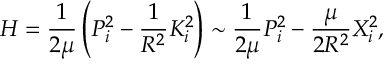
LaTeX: H = \frac { 1 } { 2 \mu } \left( P _ { i } ^ { 2 } - \frac { 1 } { R ^ { 2 } } K _ { i } ^ { 2 } \right) \sim \frac { 1 } { 2 \mu } P _ { i } ^ { 2 } - \frac { \mu } { 2 R ^ { 2 } } X _ { i } ^ { 2 } ,